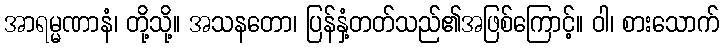
အာရမ္မဏာနံ၊ တို့သို့။ အသနတော၊ ပြန်နှံ့တတ်သည်၏အဖြစ်ကြောင့်။ ဝါ၊ စားသောက်